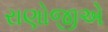
રાણોજીએ